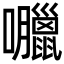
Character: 𡅘